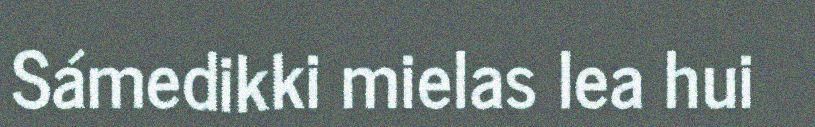
Sámedikki mielas lea hui